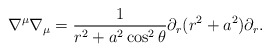
\begin{align*}\nabla ^\mu \nabla _\mu =\frac1{r^2 + a^2 \cos ^2 \theta} \partial _r (r^2 + a^2) \partial _r .\end{align*}